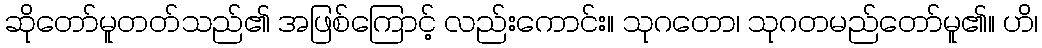
ဆိုတော်မူတတ်သည်၏ အဖြစ်ကြောင့် လည်းကောင်း။ သုဂတော၊ သုဂတမည်တော်မူ၏။ ဟိ၊